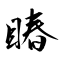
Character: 睶